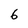
Character: 6